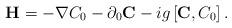
LaTeX: \begin{align*}{\bf H} = -\nabla C_{0} - \partial_{0} {\bf C} - ig \left[ {\bf C}, C_{0}\right].\end{align*}